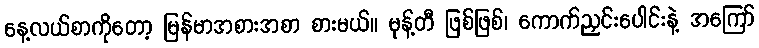
နေ့လယ်စာကိုတော့ မြန်မာအစားအစာ စားမယ်။ မုန့်တီ ဖြစ်ဖြစ်၊ ကောက်ညှင်းပေါင်းနဲ့ အကြော်